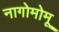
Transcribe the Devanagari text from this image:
नागोमोमू